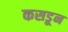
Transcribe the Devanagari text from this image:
कसडून